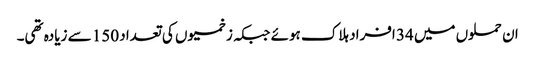
ان حملوں میں 34 افراد ہلاک ہوئے جبکہ زخمیوں کی تعداد 150 سے زیادہ تھی۔